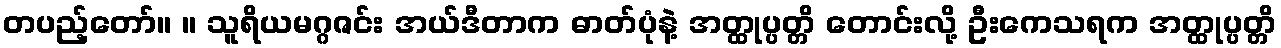
တပည့်တော်။ ။ သူရိယမဂ္ဂဇင်း အယ်ဒီတာက ဓာတ်ပုံနဲ့ အတ္ထုပ္ပတ္တိ တောင်းလို့ ဦးကေသရက အတ္ထုပ္ပတ္တိ